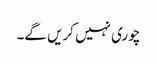
چوری نہیں کریں گے۔